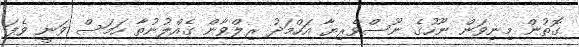
ގޮތުން މިނިވަން ނޫހުގެ ނޫސްވެރިޔާ އަހްމަދު ރިލްވާން ގެއްލުނުތާ ހަމަސް ވަނީ ވެފަ